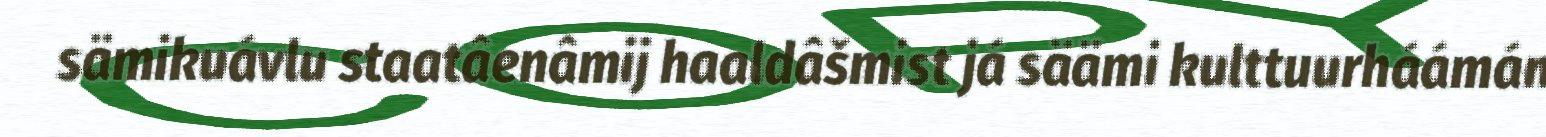
sämikuávlu staatâenâmij haaldâšmist já säämi kulttuurháámán